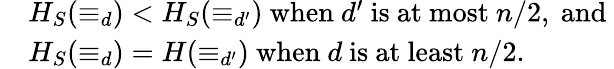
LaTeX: \begin{array}{rl}&{H_{S}(\equiv_{d})<H_{S}(\equiv_{d^{\prime}})\mathrm{~when~}d^{\prime}\mathrm{~is~at~most~}n/2,\mathrm{~and~}}\\ &{H_{S}(\equiv_{d})=H(\equiv_{d^{\prime}})\mathrm{~when~}d\mathrm{~is~at~least~}n/2.}\end{array}